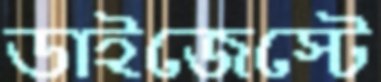
ডাইজেস্টে